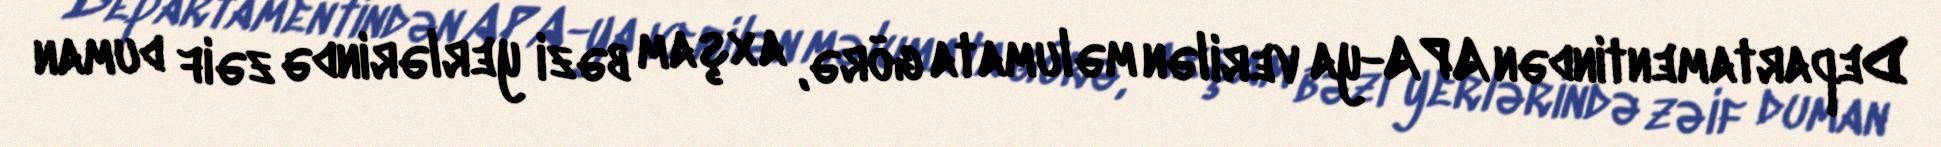
Departamentindən APA-ya verilən məlumata görə, axşam bəzi yerlərində zəif duman